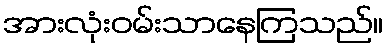
အားလုံးဝမ်းသာနေကြသည်။